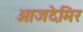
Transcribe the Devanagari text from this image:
ओजदेमिर